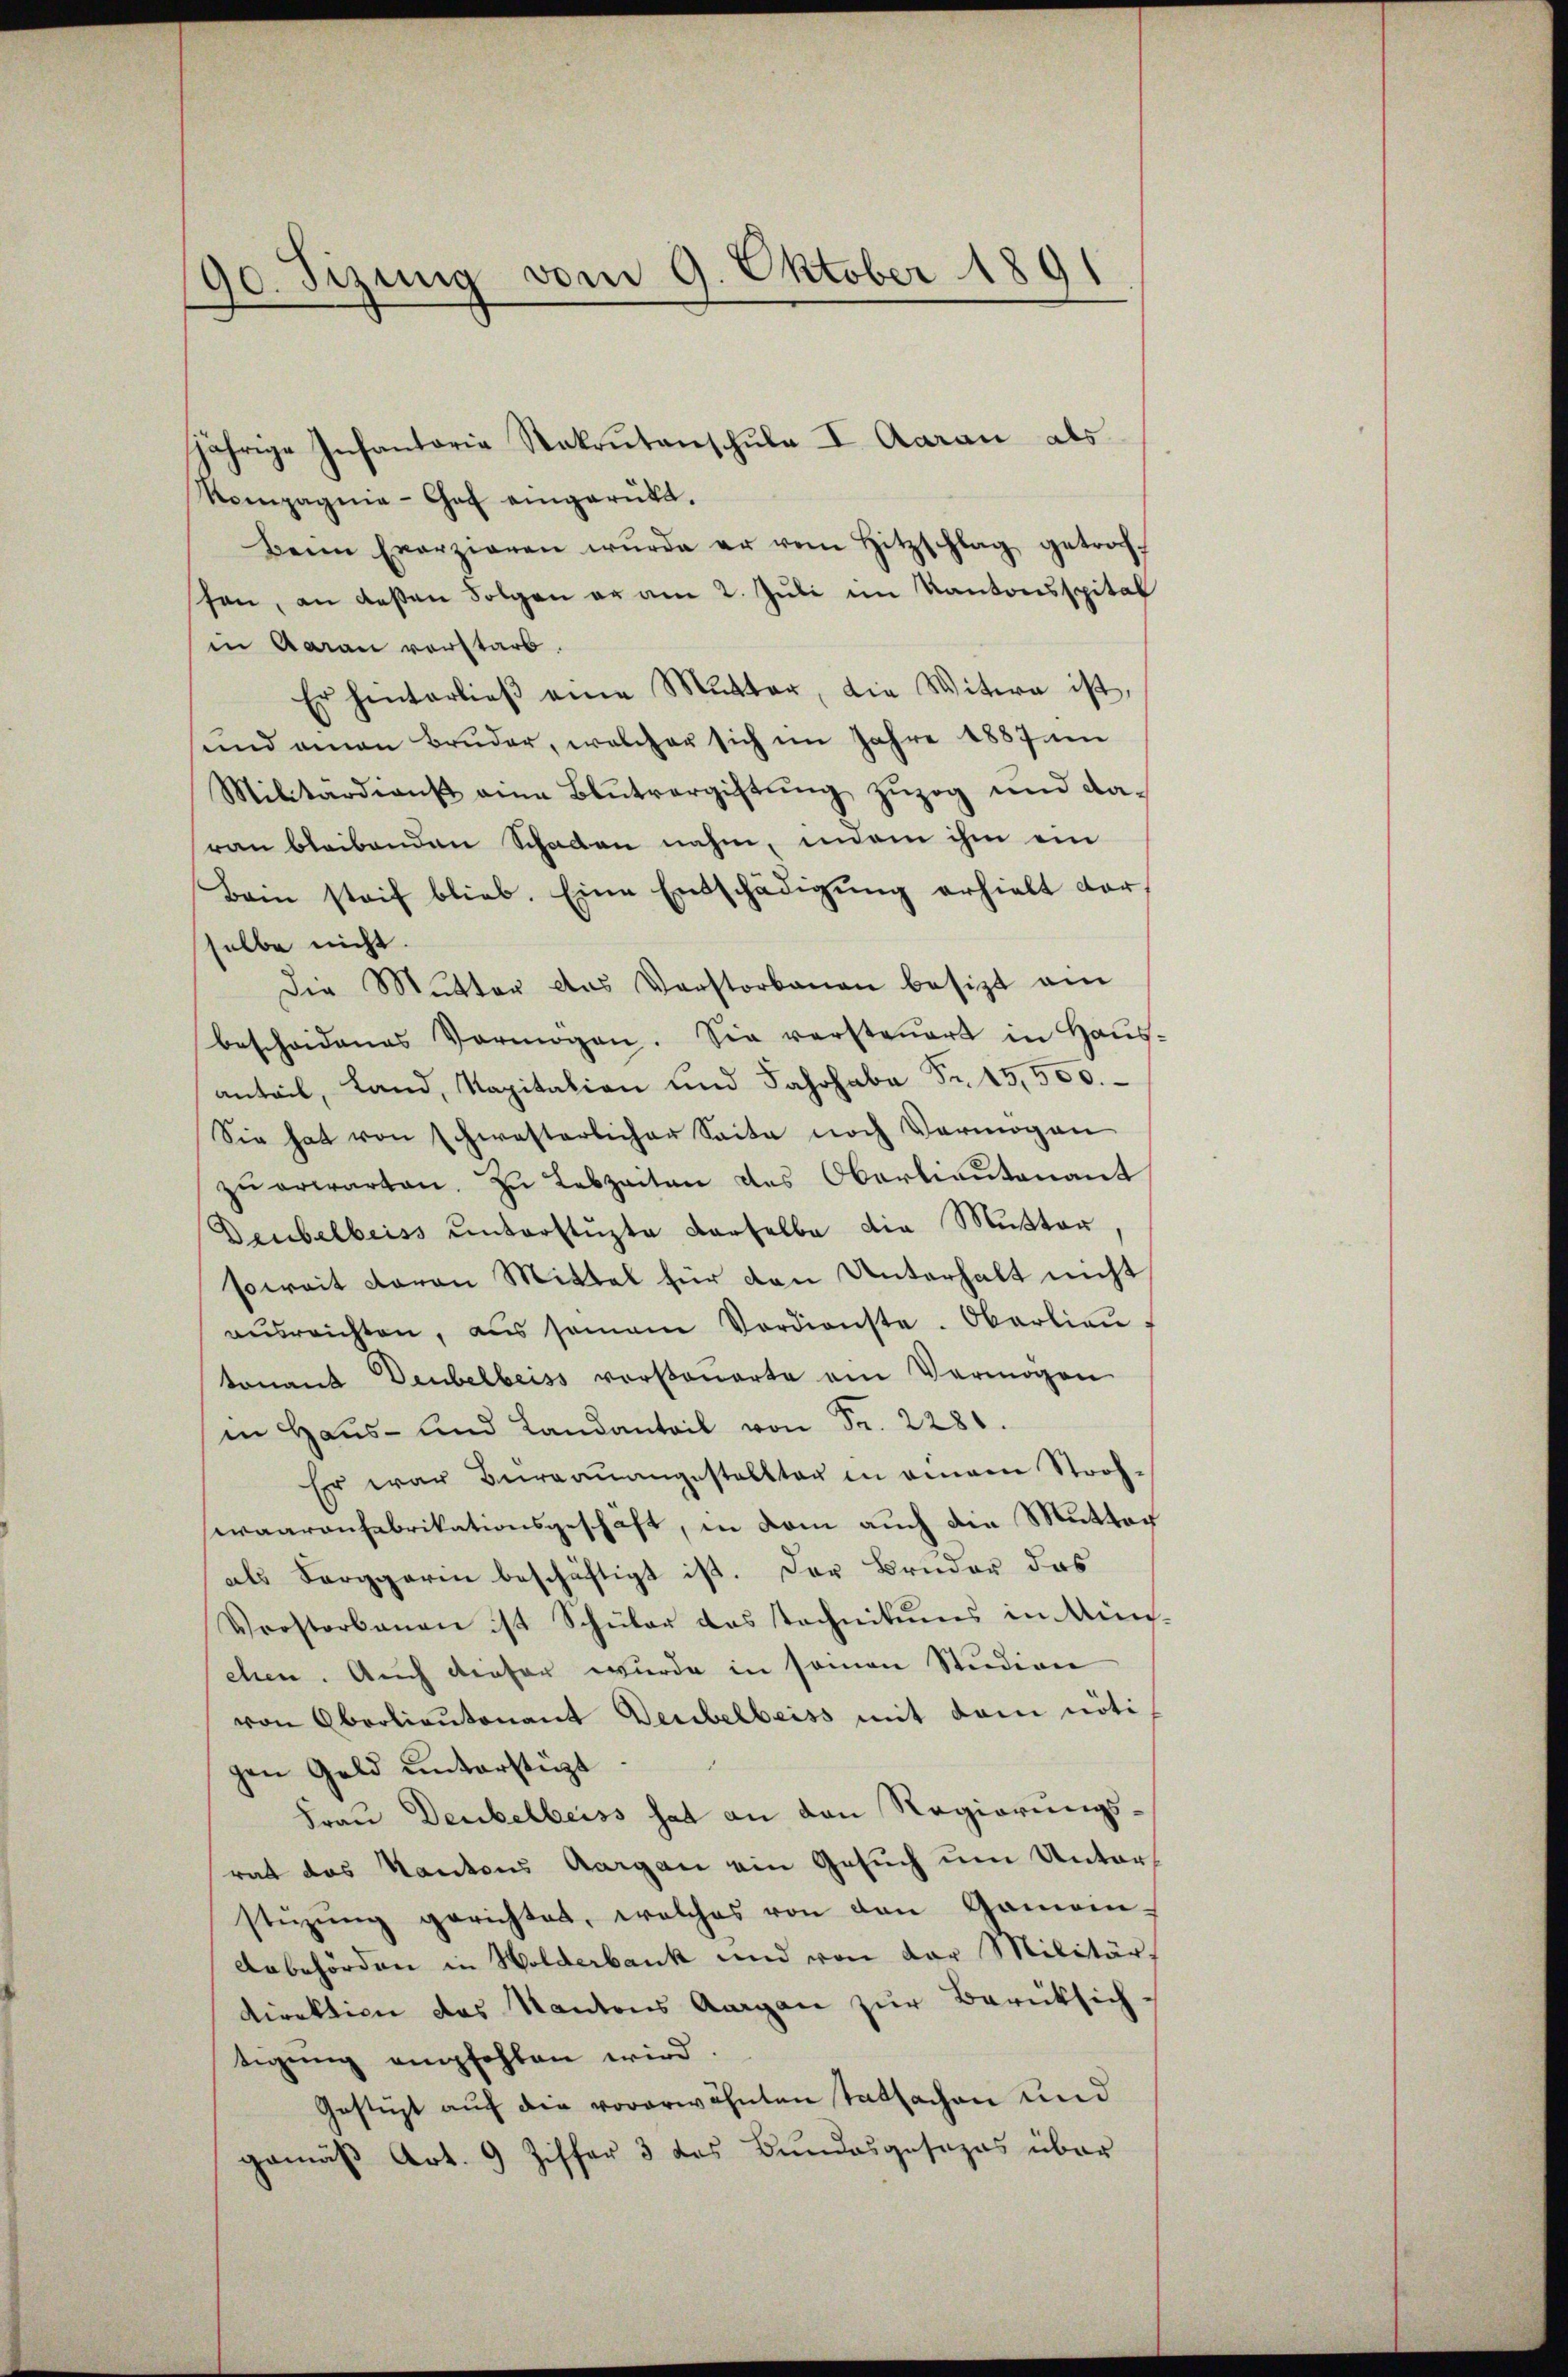
90. Sizung vom 9. Oktober 1891

jährige Infantoria Rakrŭtanschŭle I. Aarau als
Rompagnie-Chef eingerükt.
Beim Exerzieren wŭrde er vom Hitzschlag getroch
shen, an deßen Folgen er am 2. Juli im Kantonsspital
in Aarau vorstarb.
Er hinterlieβ eine Mutter, die Witwe ist,
sund amen Bruder, welcher sich im Jahre 1887 um
Militärdienst eine Blŭtvergiftŭng zŭzog und da-
ran bleibenden Schaden nahm, indem ihm ein
Bein steif blieb. Eine Entschädigŭng erhielt vor-
selbe nicht.
Die Mutter das Verstorbenen besitzt ein
bescheidenes Vermögen. Sie versteŭert in Haŭs-
anteil, Land, Kapitalien und Jahrhabe Fr. 15,500.
Sie hat von schwesterlicher Seite noch Vermögen
zŭ erwarten. Zŭ Lebzeiten des Oberlieŭtenant
Deubelbeiss unterstüzte derselbe die Mutter
soweit davon Mittel für den Unterhalt nicht
aŭsreichten, aus semane Verdienste. Oberlieŭ-
tonant Deubelbeiss vorsteuerte am Vermögen
in Haŭs- und Landanteil von Fr. 2280.
Er war Bureauangestellter in einem Stroh-
waarenfabrikationsgeschäft, in dem auch die Mutter
als Serggarin beschäftigt ist. Der Bruder das
Vorstorbenen ist Schüler das stechnikums in Minchen. Auch dieser wurde in seinen Studion
von Oberlieutenant Deubelbeiss mit dem nöti
gen Geld unterstüzt
Frau Deubelbeiss hat an den Regierungsrat das Kantons Aargau ein Gesuch um Unterstizŭng gerichtet, welches von den Gemein-
Anbehörden in Holderbank und von der Militär,
direktion des Kantons Aargau zur Berüksich-
tigung empfehlen wird
Gestüzt auf die vorerwähnten Tatsachen und
gemäβ Art. 9 Ziffer 3 des Bundesgesezes über